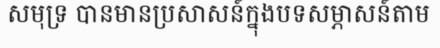
សមុទ្រ បានមានប្រសាសន៍ក្នុងបទសម្ភាសន៍តាម